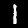
Label: 1